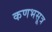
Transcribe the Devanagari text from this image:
कणभसूत्र